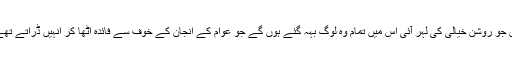
لہٰذا شاید ہم یہ امید کریں کہ ان کی محنت کے نتیجے میں جو روشن خیالی کی لہر آئی اس میں تمام وہ لوگ بہہ گئے ہوں گے جو عوام کے انجان کے خوف سے فائدہ اٹھا کر انہیں ڈراتے تھے اور جہنم میں خوفناک سزاؤں کی دھمکیاں دیتے تھے ۔